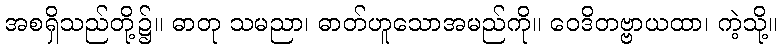
အစရှိသည်တို့၌။ ဓာတု သမညာ၊ ဓာတ်ဟူသောအမည်ကို။ ဝေဒိတဗ္ဗာယထာ၊ ကဲ့သို့။